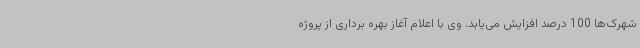
شهرک‌ها 100 درصد افزایش می‌یابد. وی با اعلام آغاز بهره برداری از پروژه